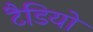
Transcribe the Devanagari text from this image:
टैडियो